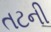
તટની